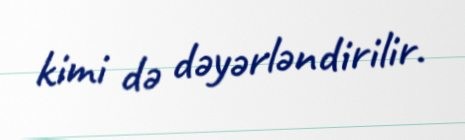
kimi də dəyərləndirilir.